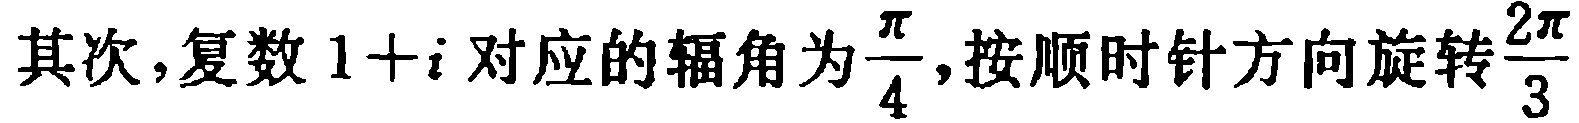
其次,复数 \(1 + i\) 对应的辐角为\(\frac{\pi}{4}\),按顺时针方向旋转\(\frac{2\pi}{3}\)